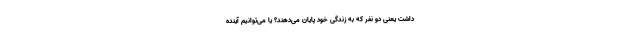
داشت یعنی دو نفر که به زندگی خود پایان می‌دهند؟ یا می‌توانیم آینده